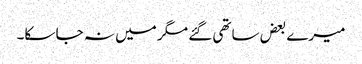
میرے بعض ساتھی گئے مگر میں نہ جا سکا۔